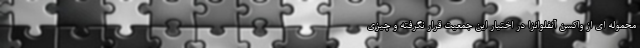
محموله ای از واکسن آنفلوانزا در اختیار این جمعیت قرار نگرفته و چیزی